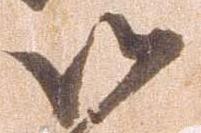
御